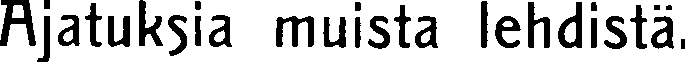
Ajatuksia muista lehdistä.